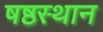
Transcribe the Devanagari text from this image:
षष्ठस्थान